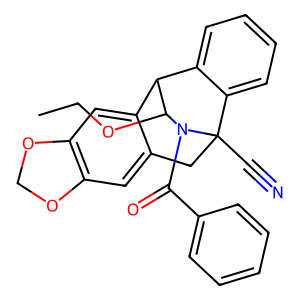
SMILES: CCOC1C2c3cc4c(cc3CC(C#N)(c3ccccc32)N1C(=O)c1ccccc1)OCO4
Inhibits HIV replication: No